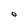
Character: O